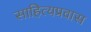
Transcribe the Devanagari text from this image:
साहित्यप्रवास